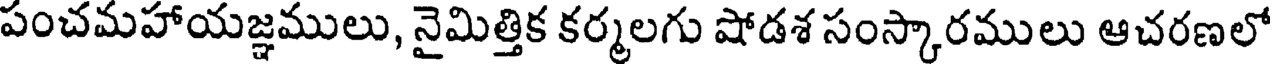
పంచమహాయజ్ఞములు, నైమిత్తిక కర్మలగు షోడశ సంస్కారములు ఆచరణలో